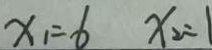
x _ { 1 } = 6 x _ { 2 } = 1